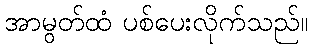
အာမွတ်ထံ ပစ်ပေးလိုက်သည်။